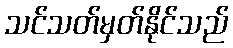
သင်သတ်မှတ်နိုင်သည်